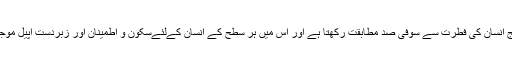
یہ پیکیج انسان کی فطرت سے سوفی صد مطابقت رکھتا ہے اور اس میں ہر سطح کے انسان کےلئےسکون و اطمینان اور زبردست اپیل موجود ہے۔